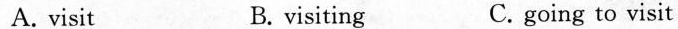
A. visit B. visiting C. going to visit